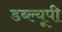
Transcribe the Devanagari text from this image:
डब्ल्यूपी